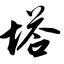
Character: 塔